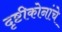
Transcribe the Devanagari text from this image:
दृष्टीकोनांचे